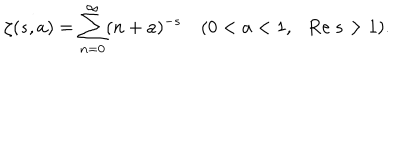
LaTeX: \zeta ( s , a ) = \sum _ { n = 0 } ^ { \infty } ( n + a ) ^ { - s } ~ ( 0 < a < 1 , \mathrm { R e } ~ s > 1 ) .